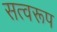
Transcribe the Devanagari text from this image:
सत्वरूप